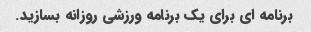
برنامه ای برای یک برنامه ورزشی روزانه بسازید.